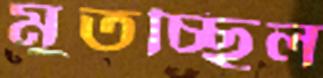
মুতচ্ছিল